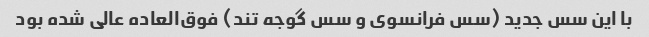
با این سس جدید (سس فرانسوی و سس گوجه تند) فوق‌العاده عالی شده بود